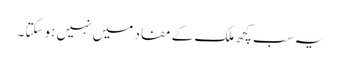
یہ سب کچھ ملک کے مفاد میں نہیں ہوسکتا ۔